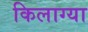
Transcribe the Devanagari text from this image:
किलाग्या